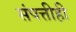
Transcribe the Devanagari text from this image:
संपत्तीही